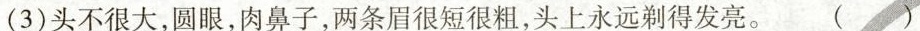
(3)头不很大，圆眼，肉鼻子，两条眉很短很粗，头上永远剃得发亮。 ( )